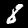
Digit: 8